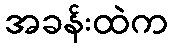
အခန်းထဲက